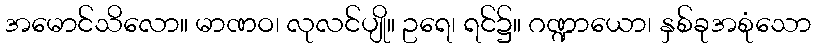
အမောင်သိလော။ မာဏဝ၊ လုလင်ပျို။ ဥရေ၊ ရင်၌။ ဂဏ္ဍာယော၊ နှစ်ခုအစုံသော